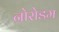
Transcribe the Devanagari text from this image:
नोरोडम